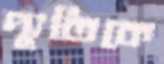
দ্যুতিকে